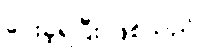
ပေးခဲ့ရပြီး ဖြစ်သည်။